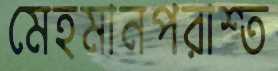
মেহমানপরাশ্ত